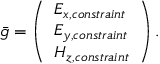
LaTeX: { \bar { g } } = \left( { \begin{array} { l } { E _ { x , c o n s t r a i n t } } \\ { E _ { y , c o n s t r a i n t } } \\ { H _ { z , c o n s t r a i n t } } \end{array} } \right) .